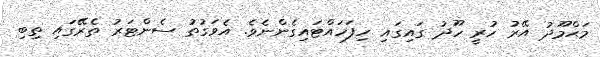
މަޙްމޫދު އޭރު ހުރީ ހޫދު ގައިގައި ހިފަހައްޓައިގެންނެވެ. އެވަގުތު ސެންޓަރު ތެރޭގައި ތިބި